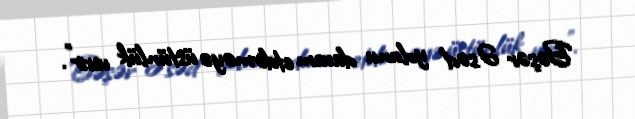
Bəşər Əsəd yolunu davam etdirməyə üstünlük verir”.